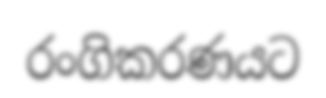
රංගිකරණයට